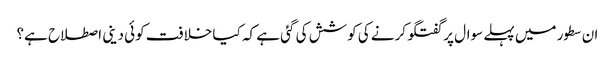
ان سطور میں پہلے سوال پر گفتگو کرنے کی کوشش کی گئی ہے کہ کیا خلافت کوئی دینی اصطلاح ہے؟